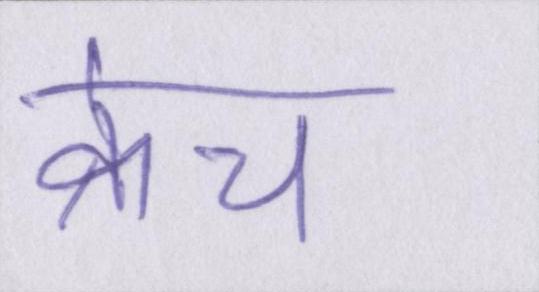
क्रेच